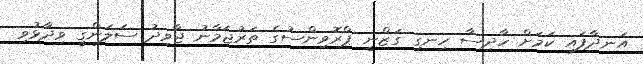
އަނދާފައި ކަމަށް ހާދިސާ ހިނގި ގަޒްނީ ޕްރޮވިންސުގެ ތަރުޖަމާނު ޖާވިދު ސަލަންގީ ވިދާޅުވި